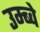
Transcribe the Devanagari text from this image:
उम्ब्वे